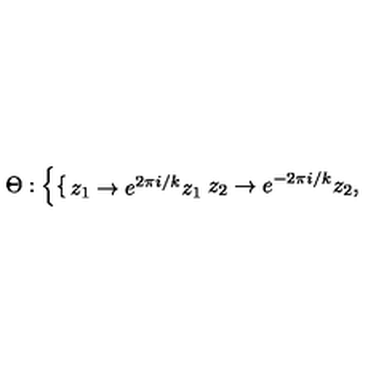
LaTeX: \Theta : \left\{ \begin{cases} { z _ { 1 } \to e ^ { 2 \pi i / k } z _ { 1 } } \\ { z _ { 2 } \to e ^ { - 2 \pi i / k } z _ { 2 } , } \\ \end{cases} \right.